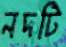
নদটি